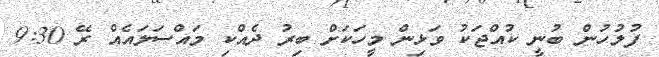
ފުލުހުން ބުނީ ކުއްޖަކު ވަޅިން މީހަކަށް ބިރު ދެއްކި މައްސަލައެއް ރޭ 9:30